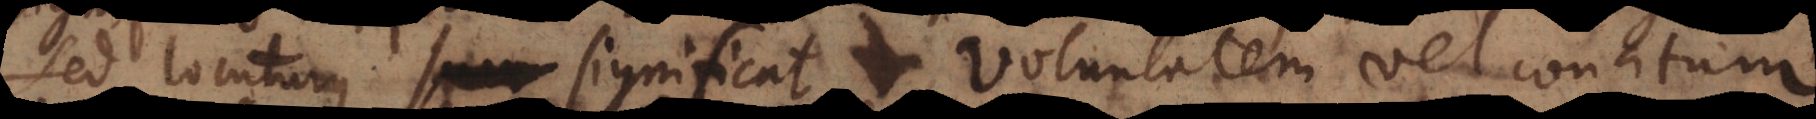
Sed locuturus sum significat voluntatem vel conatum